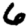
Digit: 6